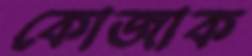
কোজাক